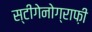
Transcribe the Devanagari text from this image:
स्टीगेनोग्राफ़ी